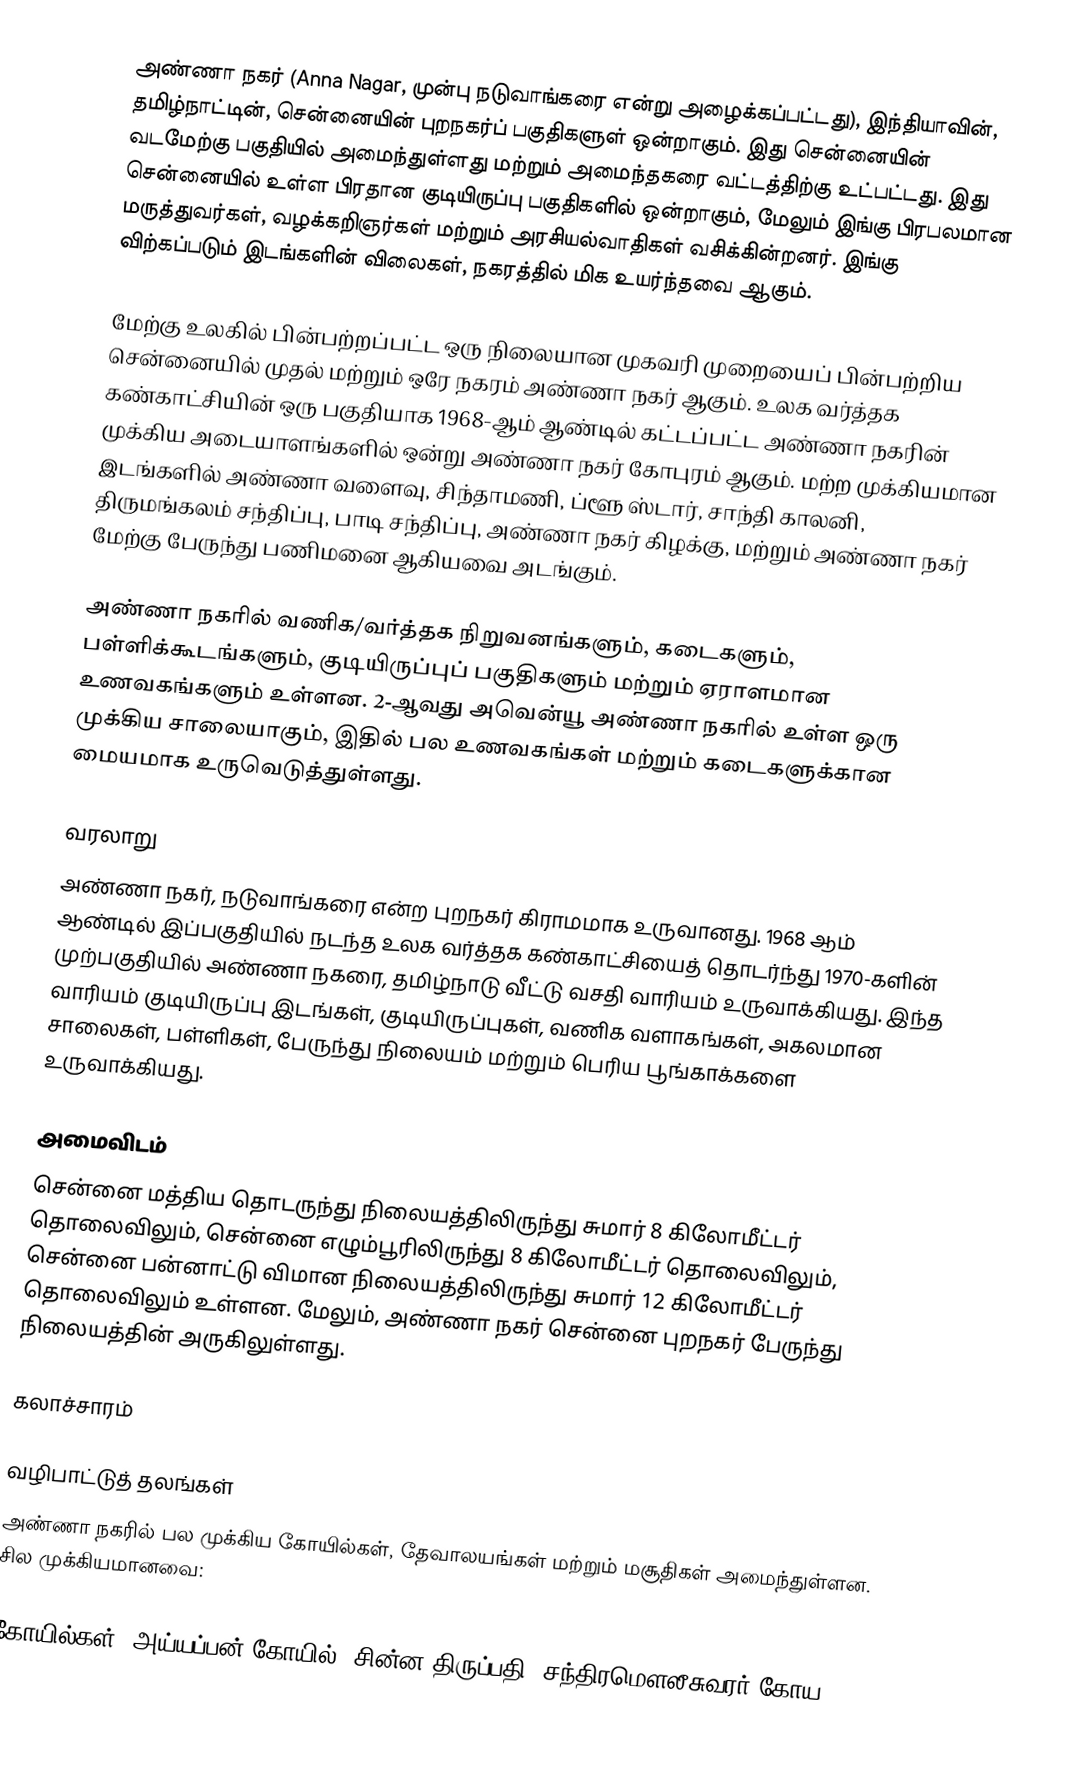
அண்ணா நகர் (Anna Nagar, முன்பு நடுவாங்கரை என்று அழைக்கப்பட்டது), இந்தியாவின், தமிழ்நாட்டின், சென்னையின் புறநகர்ப் பகுதிகளுள் ஒன்றாகும். இது சென்னையின் வடமேற்கு பகுதியில் அமைந்துள்ளது மற்றும் அமைந்தகரை வட்டத்திற்கு உட்பட்டது. இது சென்னையில் உள்ள பிரதான குடியிருப்பு பகுதிகளில் ஒன்றாகும், மேலும் இங்கு பிரபலமான மருத்துவர்கள், வழக்கறிஞர்கள் மற்றும் அரசியல்வாதிகள் வசிக்கின்றனர். இங்கு விற்கப்படும் இடங்களின் விலைகள், நகரத்தில் மிக உயர்ந்தவை ஆகும்.

மேற்கு உலகில் பின்பற்றப்பட்ட ஒரு நிலையான முகவரி முறையைப் பின்பற்றிய சென்னையில் முதல் மற்றும் ஒரே நகரம் அண்ணா நகர் ஆகும். உலக வர்த்தக கண்காட்சியின் ஒரு பகுதியாக 1968-ஆம் ஆண்டில் கட்டப்பட்ட அண்ணா நகரின் முக்கிய அடையாளங்களில் ஒன்று அண்ணா நகர் கோபுரம் ஆகும். மற்ற முக்கியமான இடங்களில் அண்ணா வளைவு, சிந்தாமணி, ப்ளூ ஸ்டார், சாந்தி காலனி, திருமங்கலம் சந்திப்பு, பாடி சந்திப்பு, அண்ணா நகர் கிழக்கு, மற்றும் அண்ணா நகர் மேற்கு பேருந்து பணிமனை ஆகியவை அடங்கும்.

அண்ணா நகரில் வணிக/வர்த்தக நிறுவனங்களும், கடைகளும், பள்ளிக்கூடங்களும், குடியிருப்புப் பகுதிகளும் மற்றும் ஏராளமான உணவகங்களும் உள்ளன. 2-ஆவது அவென்யூ அண்ணா நகரில் உள்ள ஒரு முக்கிய சாலையாகும், இதில் பல உணவகங்கள் மற்றும் கடைகளுக்கான மையமாக உருவெடுத்துள்ளது.

வரலாறு
அண்ணா நகர், நடுவாங்கரை என்ற புறநகர் கிராமமாக உருவானது. 1968 ஆம் ஆண்டில் இப்பகுதியில் நடந்த உலக வர்த்தக கண்காட்சியைத் தொடர்ந்து 1970-களின் முற்பகுதியில் அண்ணா நகரை, தமிழ்நாடு வீட்டு வசதி வாரியம் உருவாக்கியது. இந்த வாரியம் குடியிருப்பு இடங்கள், குடியிருப்புகள், வணிக வளாகங்கள், அகலமான சாலைகள், பள்ளிகள், பேருந்து நிலையம் மற்றும் பெரிய பூங்காக்களை உருவாக்கியது.

அமைவிடம்
சென்னை மத்திய தொடருந்து நிலையத்திலிருந்து சுமார் 8 கிலோமீட்டர் தொலைவிலும், சென்னை எழும்பூரிலிருந்து 8 கிலோமீட்டர் தொலைவிலும், சென்னை பன்னாட்டு விமான நிலையத்திலிருந்து சுமார் 12 கிலோமீட்டர் தொலைவிலும் உள்ளன. மேலும், அண்ணா நகர் சென்னை புறநகர் பேருந்து நிலையத்தின் அருகிலுள்ளது.

கலாச்சாரம்

வழிபாட்டுத் தலங்கள்
அண்ணா நகரில் பல முக்கிய கோயில்கள், தேவாலயங்கள் மற்றும் மசூதிகள் அமைந்துள்ளன. சில முக்கியமானவை:

கோயில்கள்: அய்யப்பன் கோயில், சின்ன திருப்பதி, சந்திரமௌலீசுவரர் கோய